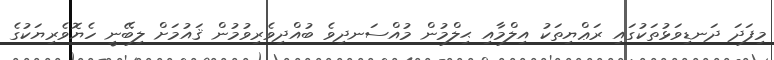
މިފަދަ ދަނޑިވަޅުތަކުގައި ރަޢްޔިތަކު އިލްމާއި ޙިލްމުން މުއްސަނދިވެ ބުއްދިވެރިވުމުން ޤައުމަށް ލިބޭނީ ހެޔޮވެރިޔަކުގެ